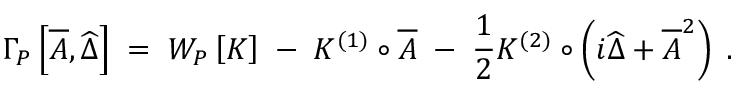
\Gamma _ { P } \left[ \overline { { { A } } } , \widehat { \Delta } \right] \; = \; W _ { P } \left[ { \cal K } \right] \; - \; { \cal K } ^ { ( 1 ) } \circ \overline { { { A } } } \; - \; \frac { 1 } { 2 } { \cal K } ^ { ( 2 ) } \circ \left( i \widehat { \Delta } + \overline { { { A } } } ^ { 2 } \right) \; .